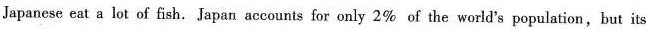
Japanese eat a lot of fish.Japan accounts for only 2% of the world's population,but its